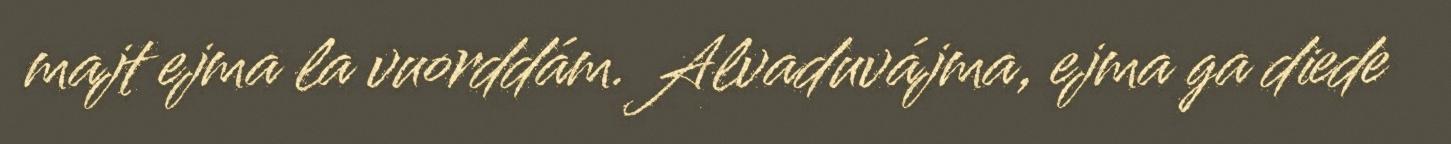
majt ejma la vuorddám. Alvaduvájma, ejma ga diede